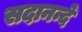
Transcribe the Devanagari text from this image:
सदानन्दे